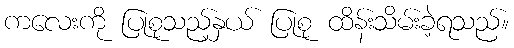
ကလေးကို ပြုစုသည့်နှယ် ပြုစု ထိန်းသိမ်းခဲ့ရသည်။